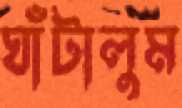
ঘাঁটালুম